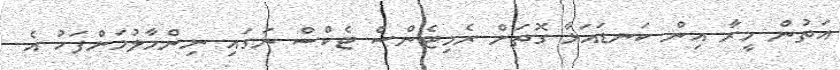
އަތުން މީރާ އިން ކަނޑައަޅާ ގޮތަށް ރެމިޓެންސް ޓެކްސް ނަގައި ނިންމާލުމަށްފަހު އެ